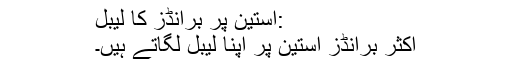
:آستین پر برانڈز کا لیبل
اکثر برانڈز آستین پر اپنا لیبل لگاتے ہیں۔